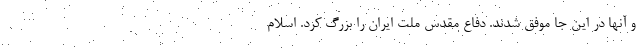
و آنها در این جا موفق شدند. دفاع مقدس ملت ایران را بزرگ کرد. اسلام